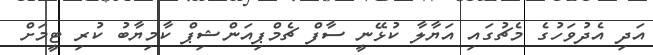
އަދި އެދުވަހުގެ މެޗުގައި އަޔާލާ ކުޅޭނީ ސާފް ޗެމްޕިއަންޝިޕް ކާމިޔާބު ކުރި ޓީމަށް